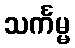
သင်္ကမ္မ